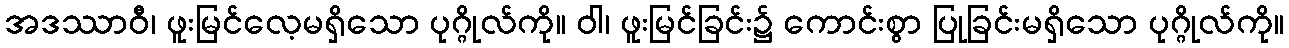
အဒဿာဝီ၊ ဖူးမြင်လေ့မရှိသော ပုဂ္ဂိုလ်ကို။ ဝါ၊ ဖူးမြင်ခြင်း၌ ကောင်းစွာ ပြုခြင်းမရှိသော ပုဂ္ဂိုလ်ကို။